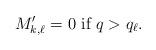
LaTeX: \begin{align*}M'_{k, \ell} = 0 \mbox{ if } q > q_\ell.\end{align*}